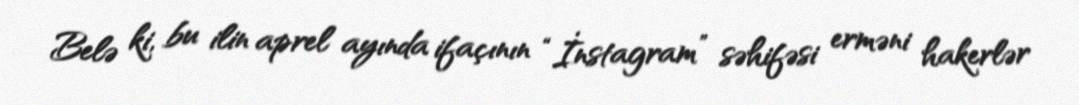
Belə ki, bu ilin aprel ayında ifaçının “İnstagram” səhifəsi erməni hakerlər